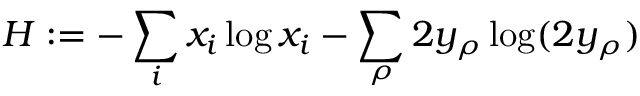
H : = - \sum _ { i } x _ { i } \log x _ { i } - \sum _ { \rho } 2 y _ { \rho } \log ( 2 y _ { \rho } )